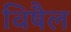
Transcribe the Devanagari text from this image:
विषैल